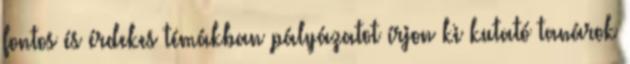
fontos és érdekes témákban pályázatot írjon ki kutató tanárok